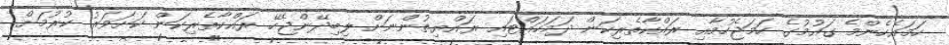
ހަމައެހެންމެ ގައުމުގެ ހަމަޖެހުމާއި ރައްކާތެރިކަން ދަމަހައްޓައި ރައްޔިތުންނަށް ލިބިދޭންޖެހޭ ރައްކާތެރިކަން ކަށަވަރު ކުރުމަށް